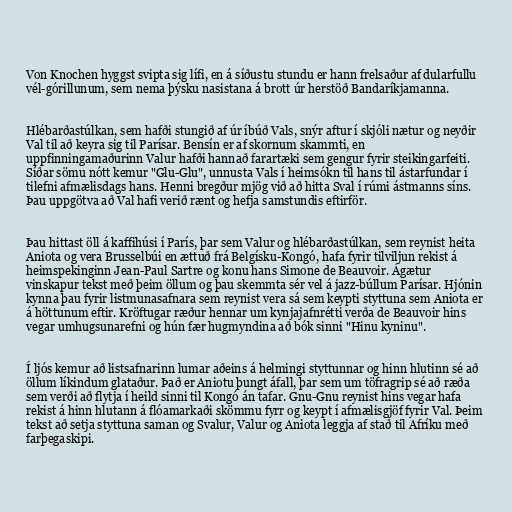
Von Knochen hyggst svipta sig lífi, en á síðustu stundu er hann frelsaður af dularfullu
vél-górillunum, sem nema þýsku nasistana á brott úr herstöð Bandaríkjamanna.

Hlébarðastúlkan, sem hafði stungið af úr íbúð Vals, snýr aftur í skjóli nætur og neyðir
Val til að keyra sig til Parísar. Bensín er af skornum skammti, en
uppfinningamaðurinn Valur hafði hannað farartæki sem gengur fyrir steikingarfeiti.
Síðar sömu nótt kemur "Glu-Glu", unnusta Vals í heimsókn til hans til ástarfundar í
tilefni afmælisdags hans. Henni bregður mjög við að hitta Sval í rúmi ástmanns síns.
Þau uppgötva að Val hafi verið rænt og hefja samstundis eftirför.

Þau hittast öll á kaffihúsi í París, þar sem Valur og hlébarðastúlkan, sem reynist heita
Aniota og vera Brusselbúi en ættuð frá Belgísku-Kongó, hafa fyrir tilviljun rekist á
heimspekinginn Jean-Paul Sartre og konu hans Simone de Beauvoir. Ágætur
vinskapur tekst með þeim öllum og þau skemmta sér vel á jazz-búllum Parísar. Hjónin
kynna þau fyrir listmunasafnara sem reynist vera sá sem keypti styttuna sem Aniota er
á höttunum eftir. Kröftugar ræður hennar um kynjajafnrétti verða de Beauvoir hins
vegar umhugsunarefni og hún fær hugmyndina að bók sinni "Hinu kyninu".

Í ljós kemur að listsafnarinn lumar aðeins á helmingi styttunnar og hinn hlutinn sé að
öllum líkindum glataður. Það er Aniotu þungt áfall, þar sem um töfragrip sé að ræða
sem verði að flytja í heild sinni til Kongó án tafar. Gnu-Gnu reynist hins vegar hafa
rekist á hinn hlutann á flóamarkaði skömmu fyrr og keypt í afmælisgjöf fyrir Val. Þeim
tekst að setja styttuna saman og Svalur, Valur og Aniota leggja af stað til Afríku með
farþegaskipi.